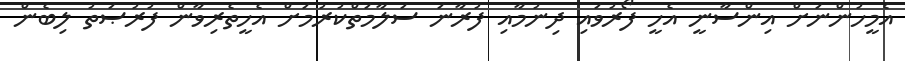
އެމީހުންނަށް އިންސާނީ އެހީ ފޯރުވައި ދިނުމާއި ފުރާނަ ސަލާމަތްކުރުމަށް އެހީތެރިވާން ފުރުޞަތު ލިބެން